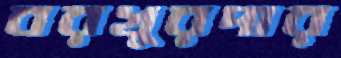
বরখুরদার